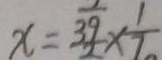
x = \frac { 3 9 } { 2 } \times \frac { 1 } { 7 }